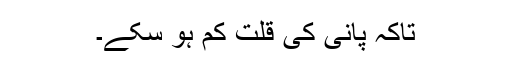
تاکہ پانی کی قلت کم ہو سکے۔